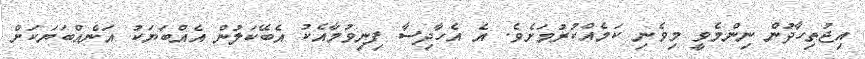
އިޖުތިހާދުން ނިންމެވީ މިވެނި ކަމެއްކުރުމަށެވެ. އެ އެހާދިސާ ފިނިވުމާއެކު އެބޭކަލުން އެއްބަޔަކު އަނެއްބަޔަކަށް